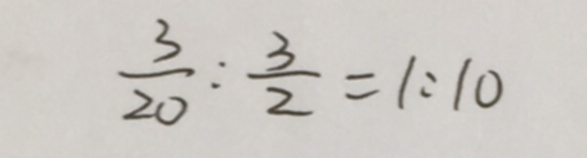
\frac { 3 } { 2 0 } : \frac { 3 } { 2 } = 1 : 1 0